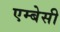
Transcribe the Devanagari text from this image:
एम्‍बेसी